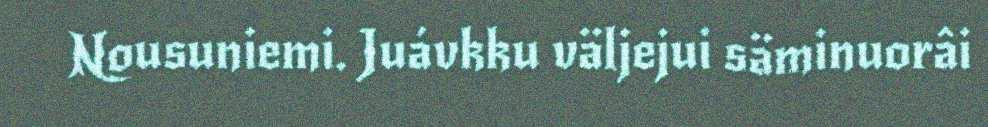
Nousuniemi. Juávkku väljejui säminuorâi